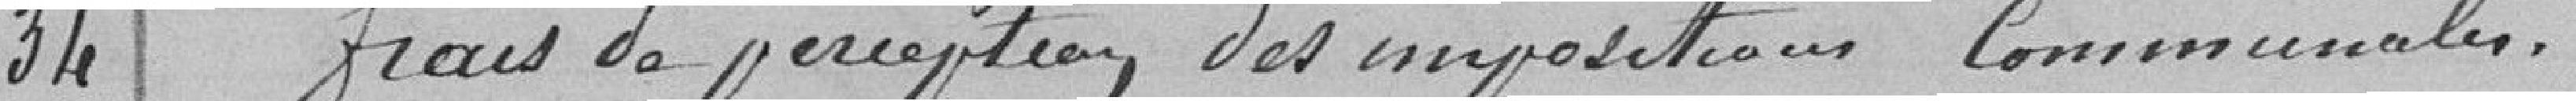
34 Frais de perceptions, des impositions communales